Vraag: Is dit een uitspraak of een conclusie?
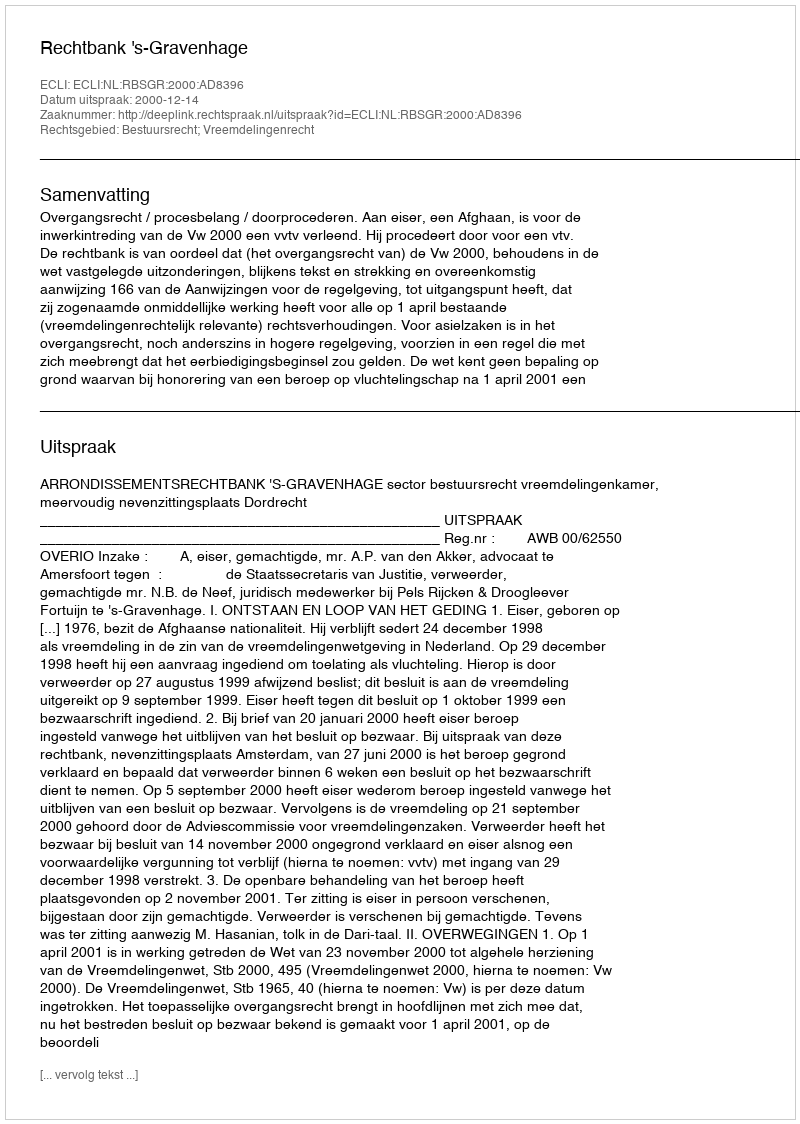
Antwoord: Uitspraak